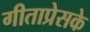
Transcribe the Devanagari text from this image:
गीताप्रेसके